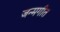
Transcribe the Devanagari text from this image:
जन्मगीत